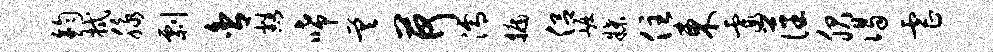
钧拭脉剽舍豁唏差荷濡牖侣崛牒住东霞藩服谒虐